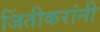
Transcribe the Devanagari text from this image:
जिंतीकरांनी